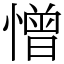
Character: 憎